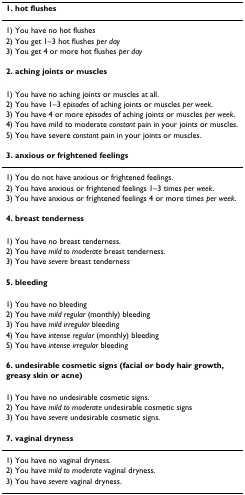
| 1. hot flushes |
 | --- |
 | 1) You have no hot flushes |
 | 2) You get 1–3 hot flushes per day |
 | 3) You get 4 or more hot flushes per day |
 | 2. aching joints or muscles |
 | 1) You have no aching joints or muscles at all. |
 | 2) You have 1–3 episodes of aching joints or muscles per week. |
 | 3) You have 4 or more episodes of aching joints or muscles per week. |
 | 4) You have mild to moderate constant pain in your joints or muscles. |
 | 5) You have severe constant pain in your joints or muscles. |
 | 3. anxious or frightened feelings |
 | 1) You do not have anxious or frightened feelings. |
 | 2) You have anxious or frightened feelings 1–3 times per week. |
 | 3) You have anxious or frightened feelings 4 or more times per week. |
 | 4. breast tenderness |
 | 1) You have no breast tenderness. |
 | 2) You have mild to moderate breast tenderness. |
 | 3) You have severe breast tenderness |
 | 5. bleeding |
 | 1) You have no bleeding |
 | 2) You have mild regular (monthly) bleeding |
 | 3) You have mild irregular bleeding |
 | 4) You have intense regular (monthly) bleeding |
 | 5) You have intense irregular bleeding |
 | 6. undesirable cosmetic signs (facial or body hair growth, greasy skin or acne) |
 | 1) You have no undesirable cosmetic signs. |
 | 2) You have mild to moderate undesirable cosmetic signs |
 | 3) You have severe undesirable cosmetic signs. |
 | 7. vaginal dryness |
 | 1) You have no vaginal dryness. |
 | 2) You have mild to moderate vaginal dryness. |
 | 3) You have severe vaginal dryness. |